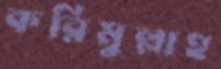
করিমুল্লাহ